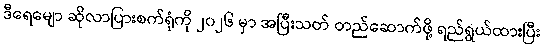
ဒီရေမျော ဆိုလာပြားစက်ရုံကို ၂၀၂၆ မှာ အပြီးသတ် တည်ဆောက်ဖို့ ရည်ရွယ်ထားပြီး